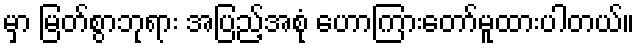
မှာ မြတ်စွာဘုရား အပြည့်အစုံ ဟောကြားတော်မူထားပါတယ်။